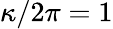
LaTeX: \kappa/2\pi=1